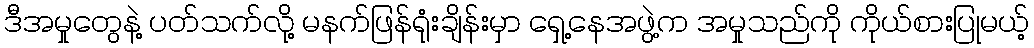
ဒီအမှုတွေနဲ့ ပတ်သက်လို့ မနက်ဖြန်ရုံးချိန်းမှာ ရှေ့နေအဖွဲ့က အမှုသည်ကို ကိုယ်စားပြုမယ့်